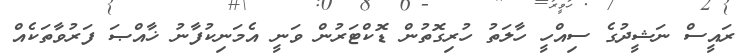
ރައީސް ނަޝީދުގެ ސިއްހީ ހާލަތު ހުރިގޮތުން ޑޮކްޓަރުން ވަނީ އެމަނިކުފާނު ޚާއްޞަ ފަރުވާތަކެއް